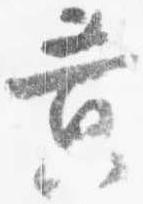
黄